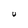
Character: U